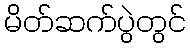
မိတ်ဆက်ပွဲတွင်